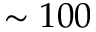
\sim 1 0 0